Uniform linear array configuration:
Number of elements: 64
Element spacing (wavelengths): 0.5
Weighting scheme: kaiser
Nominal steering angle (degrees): -45
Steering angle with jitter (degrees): -46.878
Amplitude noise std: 0.05
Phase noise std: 0.05

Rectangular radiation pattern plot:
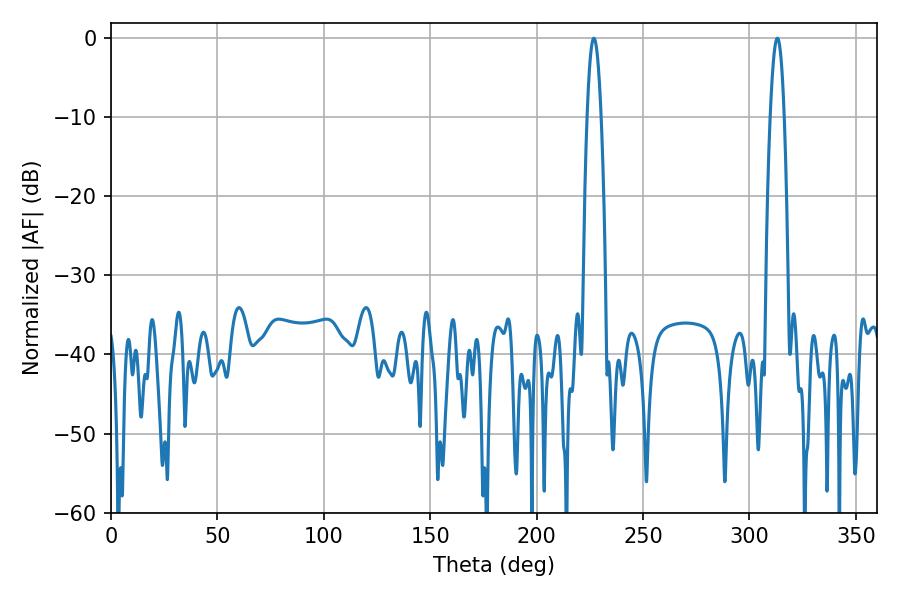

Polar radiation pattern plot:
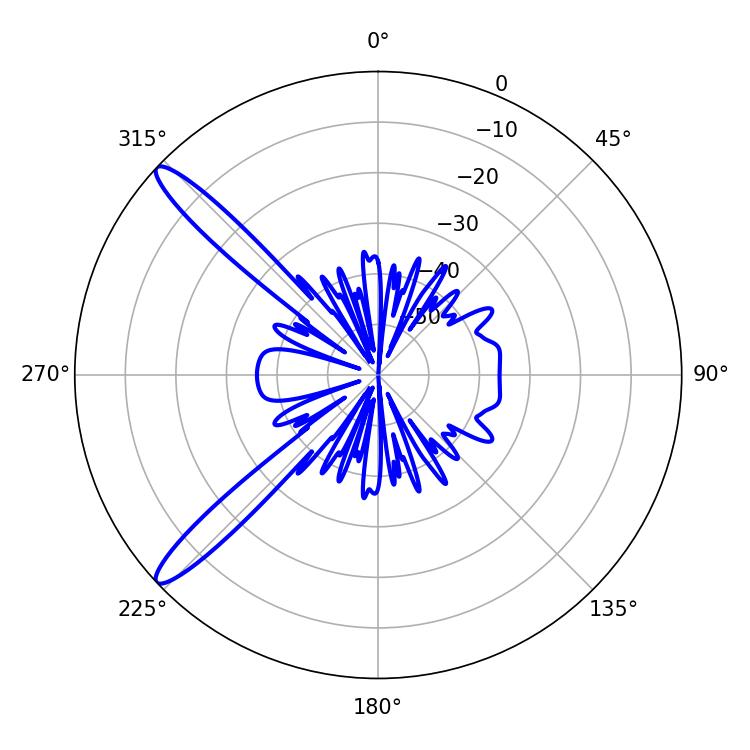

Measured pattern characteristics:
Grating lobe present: FALSE
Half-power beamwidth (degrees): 3.6
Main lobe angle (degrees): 226.8